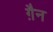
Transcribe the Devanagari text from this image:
ग़ैन